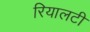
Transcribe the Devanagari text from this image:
रियालटी